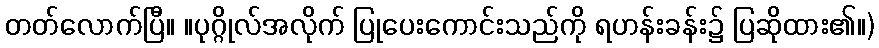
တတ်လောက်ပြီ။ ။ပုဂ္ဂိုလ်အလိုက် ပြုပေးကောင်းသည်ကို ရဟန်းခန်း၌ ပြဆိုထား၏။)